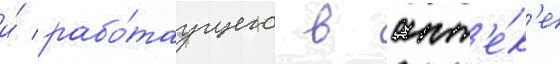
и́ рабо́таущего в апт'е́к'е